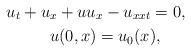
LaTeX: \begin{align*}u_t+u&_x+uu_x-u_{xxt}=0,\\&u(0,x)=u_0(x),\end{align*}